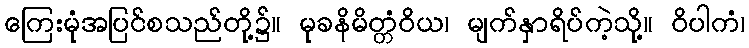
ကြေးမုံအပြင်စသည်တို့၌။ မုခနိမိတ္တံဝိယ၊ မျက်နှာရိပ်ကဲ့သို့။ ဝိပါကံ၊